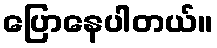
ပြောနေပါတယ်။